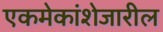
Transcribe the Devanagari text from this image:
एकमेकांशेजारील